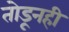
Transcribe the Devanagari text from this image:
तोडूनही